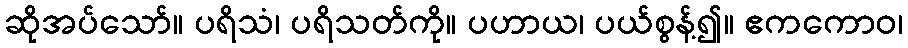
ဆိုအပ်သော်။ ပရိသံ၊ ပရိသတ်ကို။ ပဟာယ၊ ပယ်စွန့်၍။ ဧကကောဝ၊